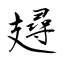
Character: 攳